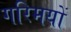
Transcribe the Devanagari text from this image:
गरिमयों